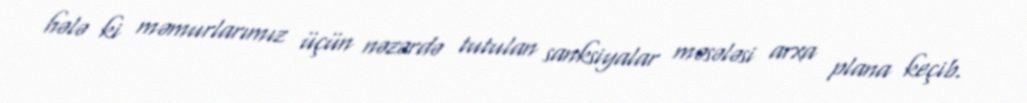
hələ ki məmurlarımız üçün nəzərdə tutulan sanksiyalar məsələsi arxa plana keçib.